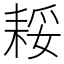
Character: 𮋪